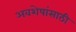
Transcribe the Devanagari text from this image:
अवशेषांसाठी